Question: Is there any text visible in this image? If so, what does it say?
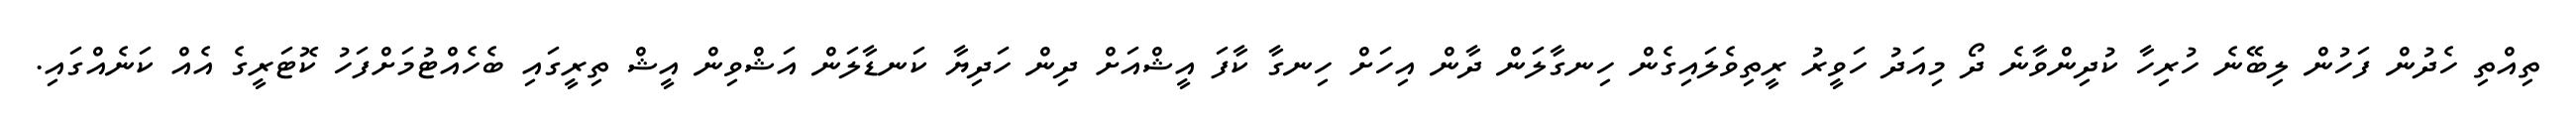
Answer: ތިއްތި ހެދުން ފަހުން ލިބޭނެ ހުރިހާ ކުދިންވާނެ ދޯ މިއަދު ހަވީރު ރީތިވެލައިގެން ހިނގާލަން ދާން އިހަށް ހިނގާ ކާފަ އީޝްއަށް ދިން ހަދިޔާ ކަނޑާލަން އަޝްވިން އީޝް ތިރީގައި ބެހެއްޓުމަށްފަހު ކޮޓަރީގެ އެއް ކަނެއްގައި.